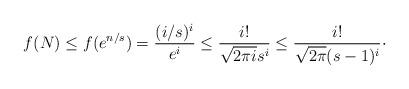
LaTeX: \begin{align*} f(N)\leq f(e^{n/s})=\frac{(i/s)^i}{e^i}\leq \frac{i!}{\sqrt{2\pi i} s^i}\leq \frac{i!}{\sqrt{2\pi } (s-1)^i}\cdot\end{align*}